Salla_vallavalitsus, lk 22
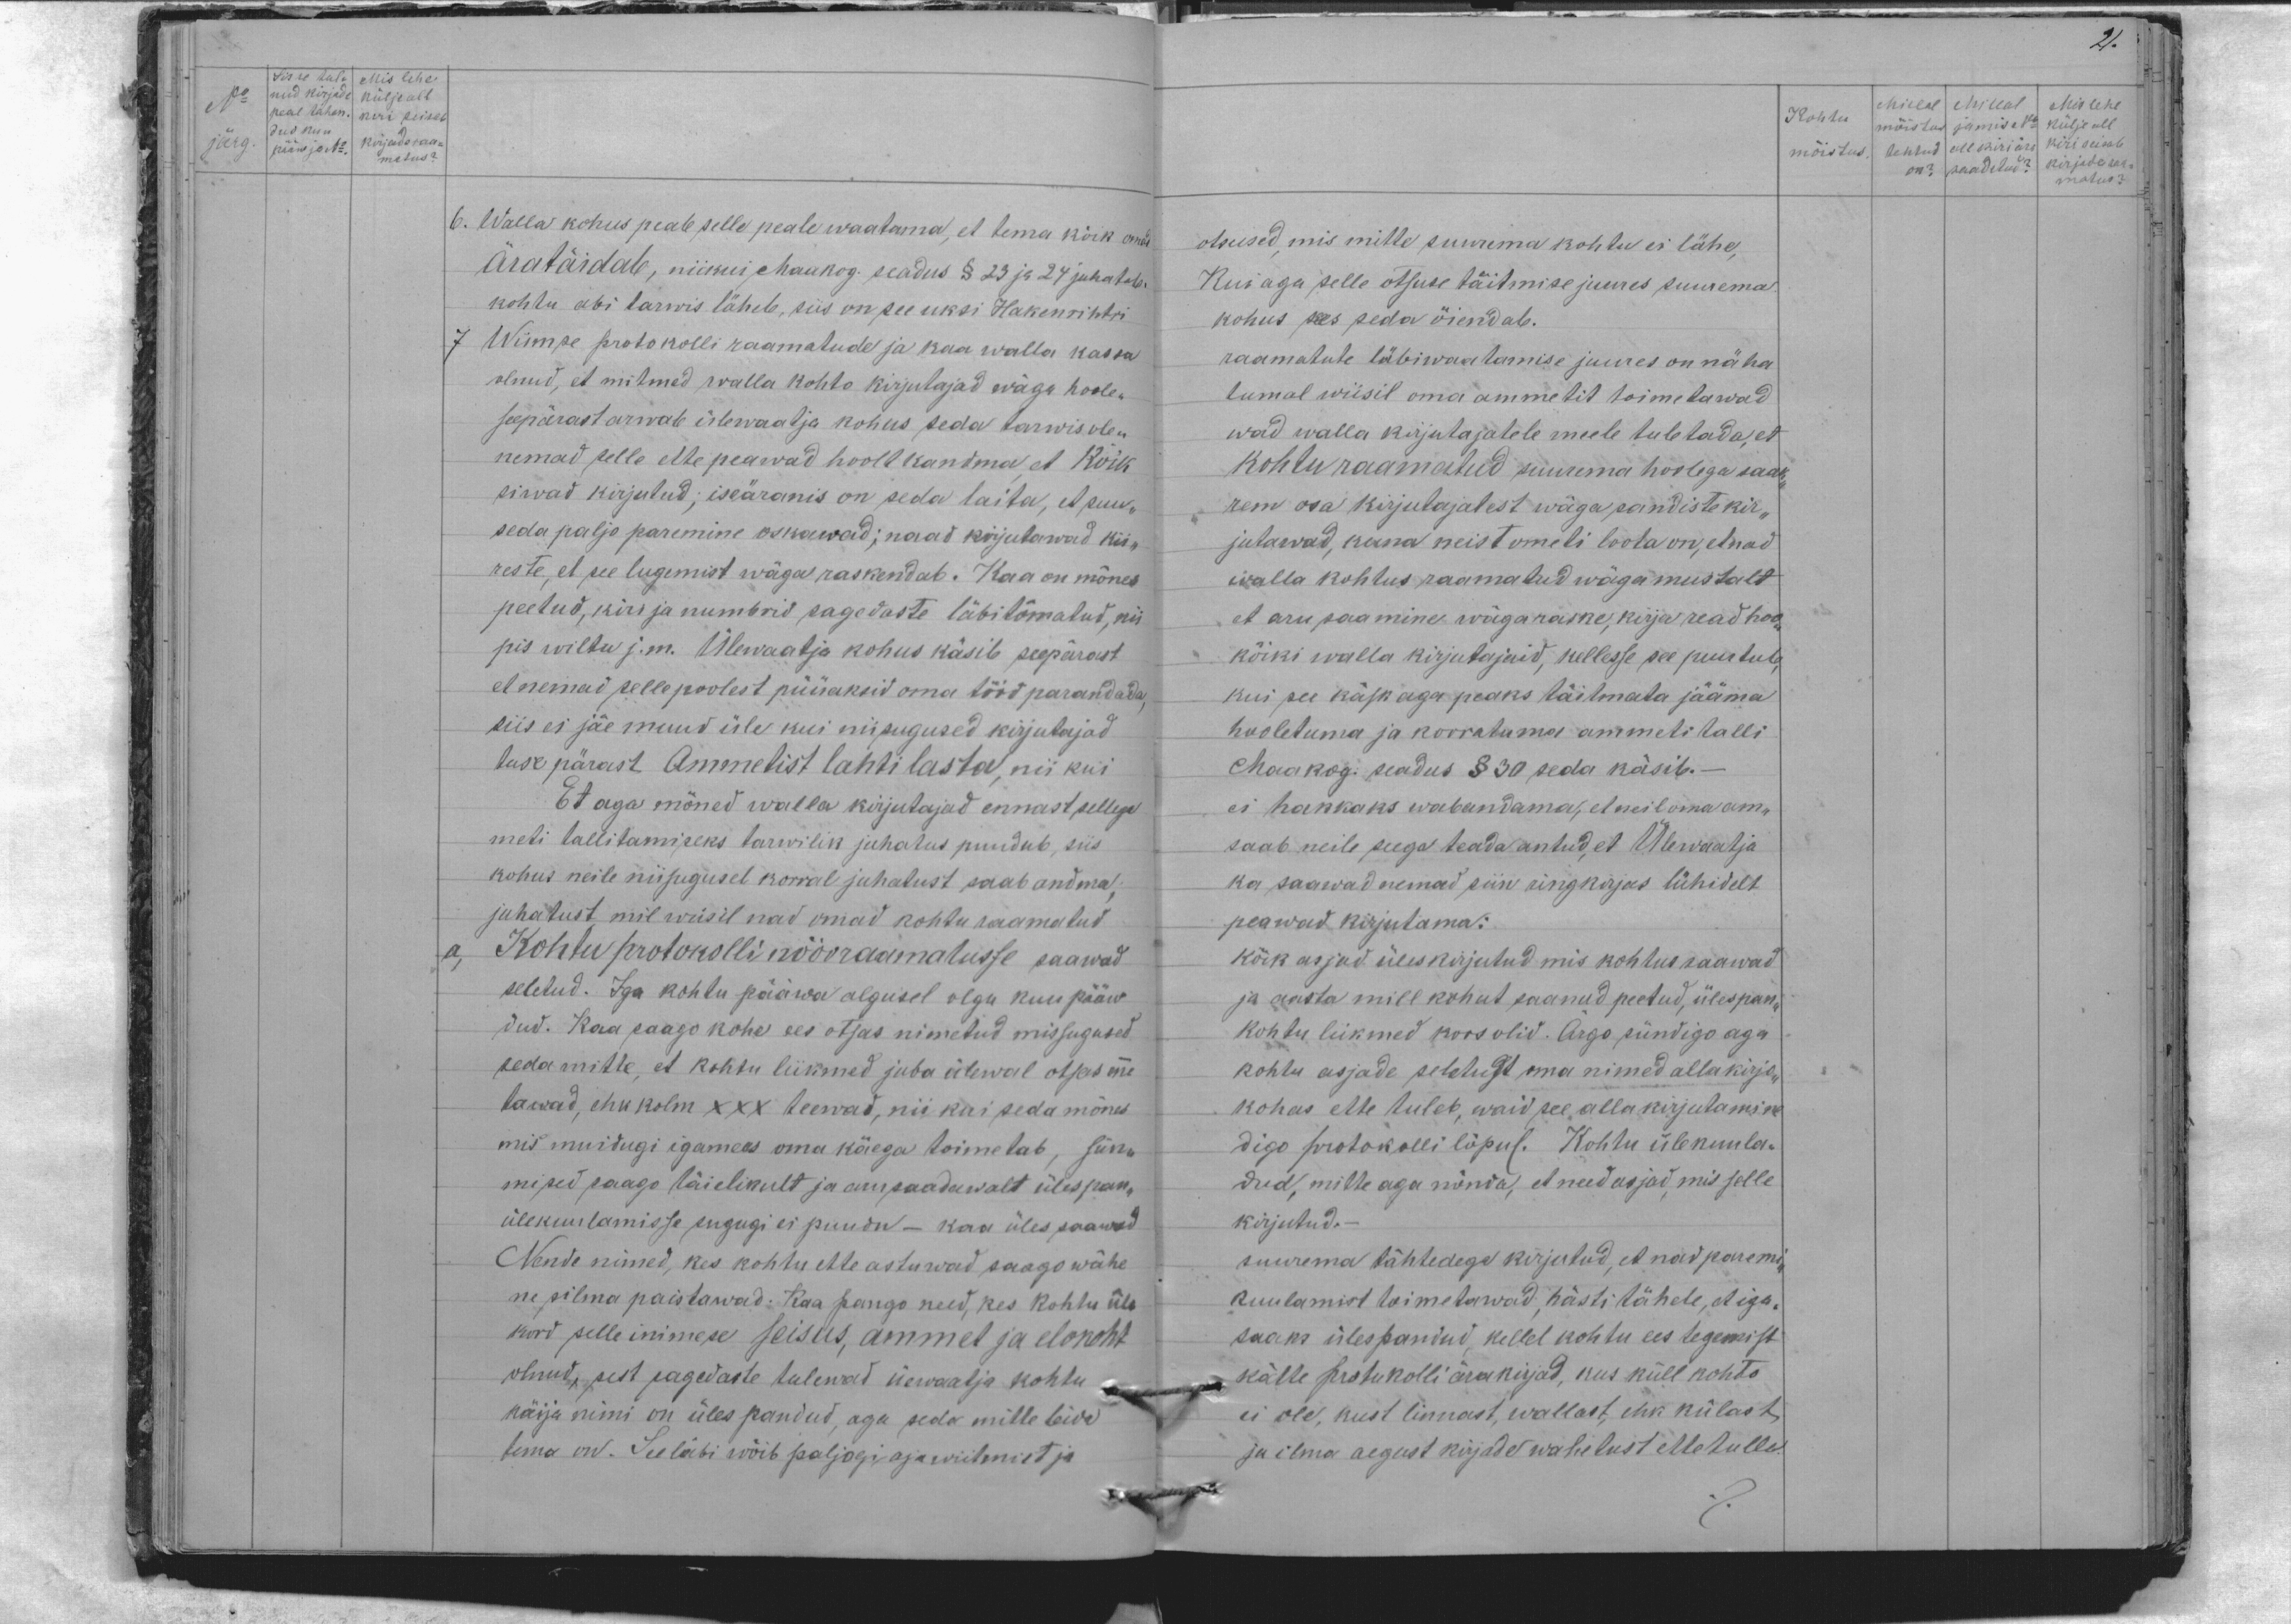
2.

Sisse tuli Mis lehe
No
nud kirjade külje all
peal tähen. kiri seisab
dud kuu
järg
pääw ja No Kirjade raa-
matus?

Kohtu
Millal Millal Mis lehe
mõistus ja mis No külje all
mõistus
tehtud all kiri ära kiri seisab
on? saadetud? kirjade raa-
matus?

6. Walla kohus peale selle peale waatama, et tema kõik oma
Ära täidab, niikui, Maakog. seadus § 23 ja 24 juhatab
kohtu abi tarwis läheb, siis on see üksi Hakenrihtri
7 Wiimse protokolli raamatude ja kaa walla kassa
olnud, et mitmed walla kohto kirjutajad wäga hoole-
seepärast arwab ülewaatja kohus seda tarwis ole-
nemad selle ette peawad hoolt kandma et kõik
siwad kirjutud; iseäranis on seda laita, et suur-
seda paljo paremine oskawad; naad kirjutawad kir-
reste, et see lugemist wäga raskendab. Kaa on mõnes
peetud, kirija numbrid sagedaste läbitõmatud, nii
pis wiltu j. m. Ülewaatja kohus käsib seepärast
et nemad selle poolest püüaksid oma tööd parandada
siis ei jäe muud üle kui niisugused kirjutajad
tuse pärast Ammetist lahti lasta, nii kui
Et aga mõned walla kirjutajad ennast sellega
meti tallitamiseks tarwilik juhatus puudub, siis
kohus neile niisugusel korral juhatust saab andma
juhatust, mil wiisil nad omad kohtu raamatud
ja, Kohtu protokolli nööoraamatusse saawad
seletud. Iga kohtu pääwa algusel olgu kuu pääw
dud. Kaa saago kohe ees otsas nimetud missugused
seda mitte, et kohtu liikmed juba ülewal otsas me-
tawad, ehk kolm xxx teewad, nii kui seda mõned
mis muidugi igamees oma käega toimetab, sün-
mised saago täielikult ja aru saadawalt ülespan-
ülekuulamisse sugugi ei puudu - kaa üles saawad
Nende nimed, kes kohtu ette astuwad saago wähe
ne silma paistawad. Kaa pango need, kes kohtu üle
kord selle inimese seisus, ammet ja elokoht
olnud, sest sagedaste tulewad üewaatja kohtu
käija nimi on üles pandud, aga seda mille leida
tema on. See läbi wõib paljogi aja wiitmist ja

otsused, mis mitte suurema kohtu ei lähe
Kui aga selle otsuse täitmise juures suurema
kohus sees seda õiendab.
raamatute läbiwaatamise juures on näha
tumal wiisil oma ammetit toimetawad
wad walla kirjutajatele meele tuletada, et
kohtu raamatud suurema hoolega saaks
rem osa kirjutajatest wäga sandiste kir-
jutawad, kuna neist ometi loota on, et nad
walla kohtus raamatud wäga mustalt
et aru paa mine wäga raske, kirja read hoo-
kõiki walla kirjutajaid, kellesse see puutub
kui see käsk aga peaks täitmata jääma
hooletuma ja korratuma ammeti talli
Maakog. seadus § 30 seda käsib.-
ei hakkaks wabandama, et neil oma am-
saab neile seega teada antud, et Ülewaatja
ka saawad nemad siin ringkirjas lühidelt
peawad kirjutama:
kõik asjad üleskirjutud, mis kohtus saawad
ja aasta mill kohut saanud peetud, ülespan-
kohtu liikmed koos olid. Ärgo sündigo aga
kohtu asjade seletust oma nimed allakirju-
kohas ette tuleb, waid see allakirjutamine
digo protokolli lõpus. Kohtu ülekuula.
dud, mitte aga nõnda, et need asjad, mis selle
kirjutud.
suurema tähtedega kirjutud, et nad paremi-
kuulamist toimetawad, hästi tähele, et iga-
saaks ülespandud, kellel kohtu ees tegemist
kätte protokolli ärakirjad, kus küll kohto
ei ole, kust linnast, wallast, ehk külast,
ja ilma aegust kirjade wahetust ette tulla.